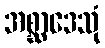
အစ္ဆာဒေသုံ